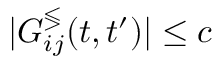
| G _ { i j } ^ { \lessgtr } ( t , t ^ { \prime } ) | \leq c